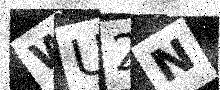
Text: WU2N